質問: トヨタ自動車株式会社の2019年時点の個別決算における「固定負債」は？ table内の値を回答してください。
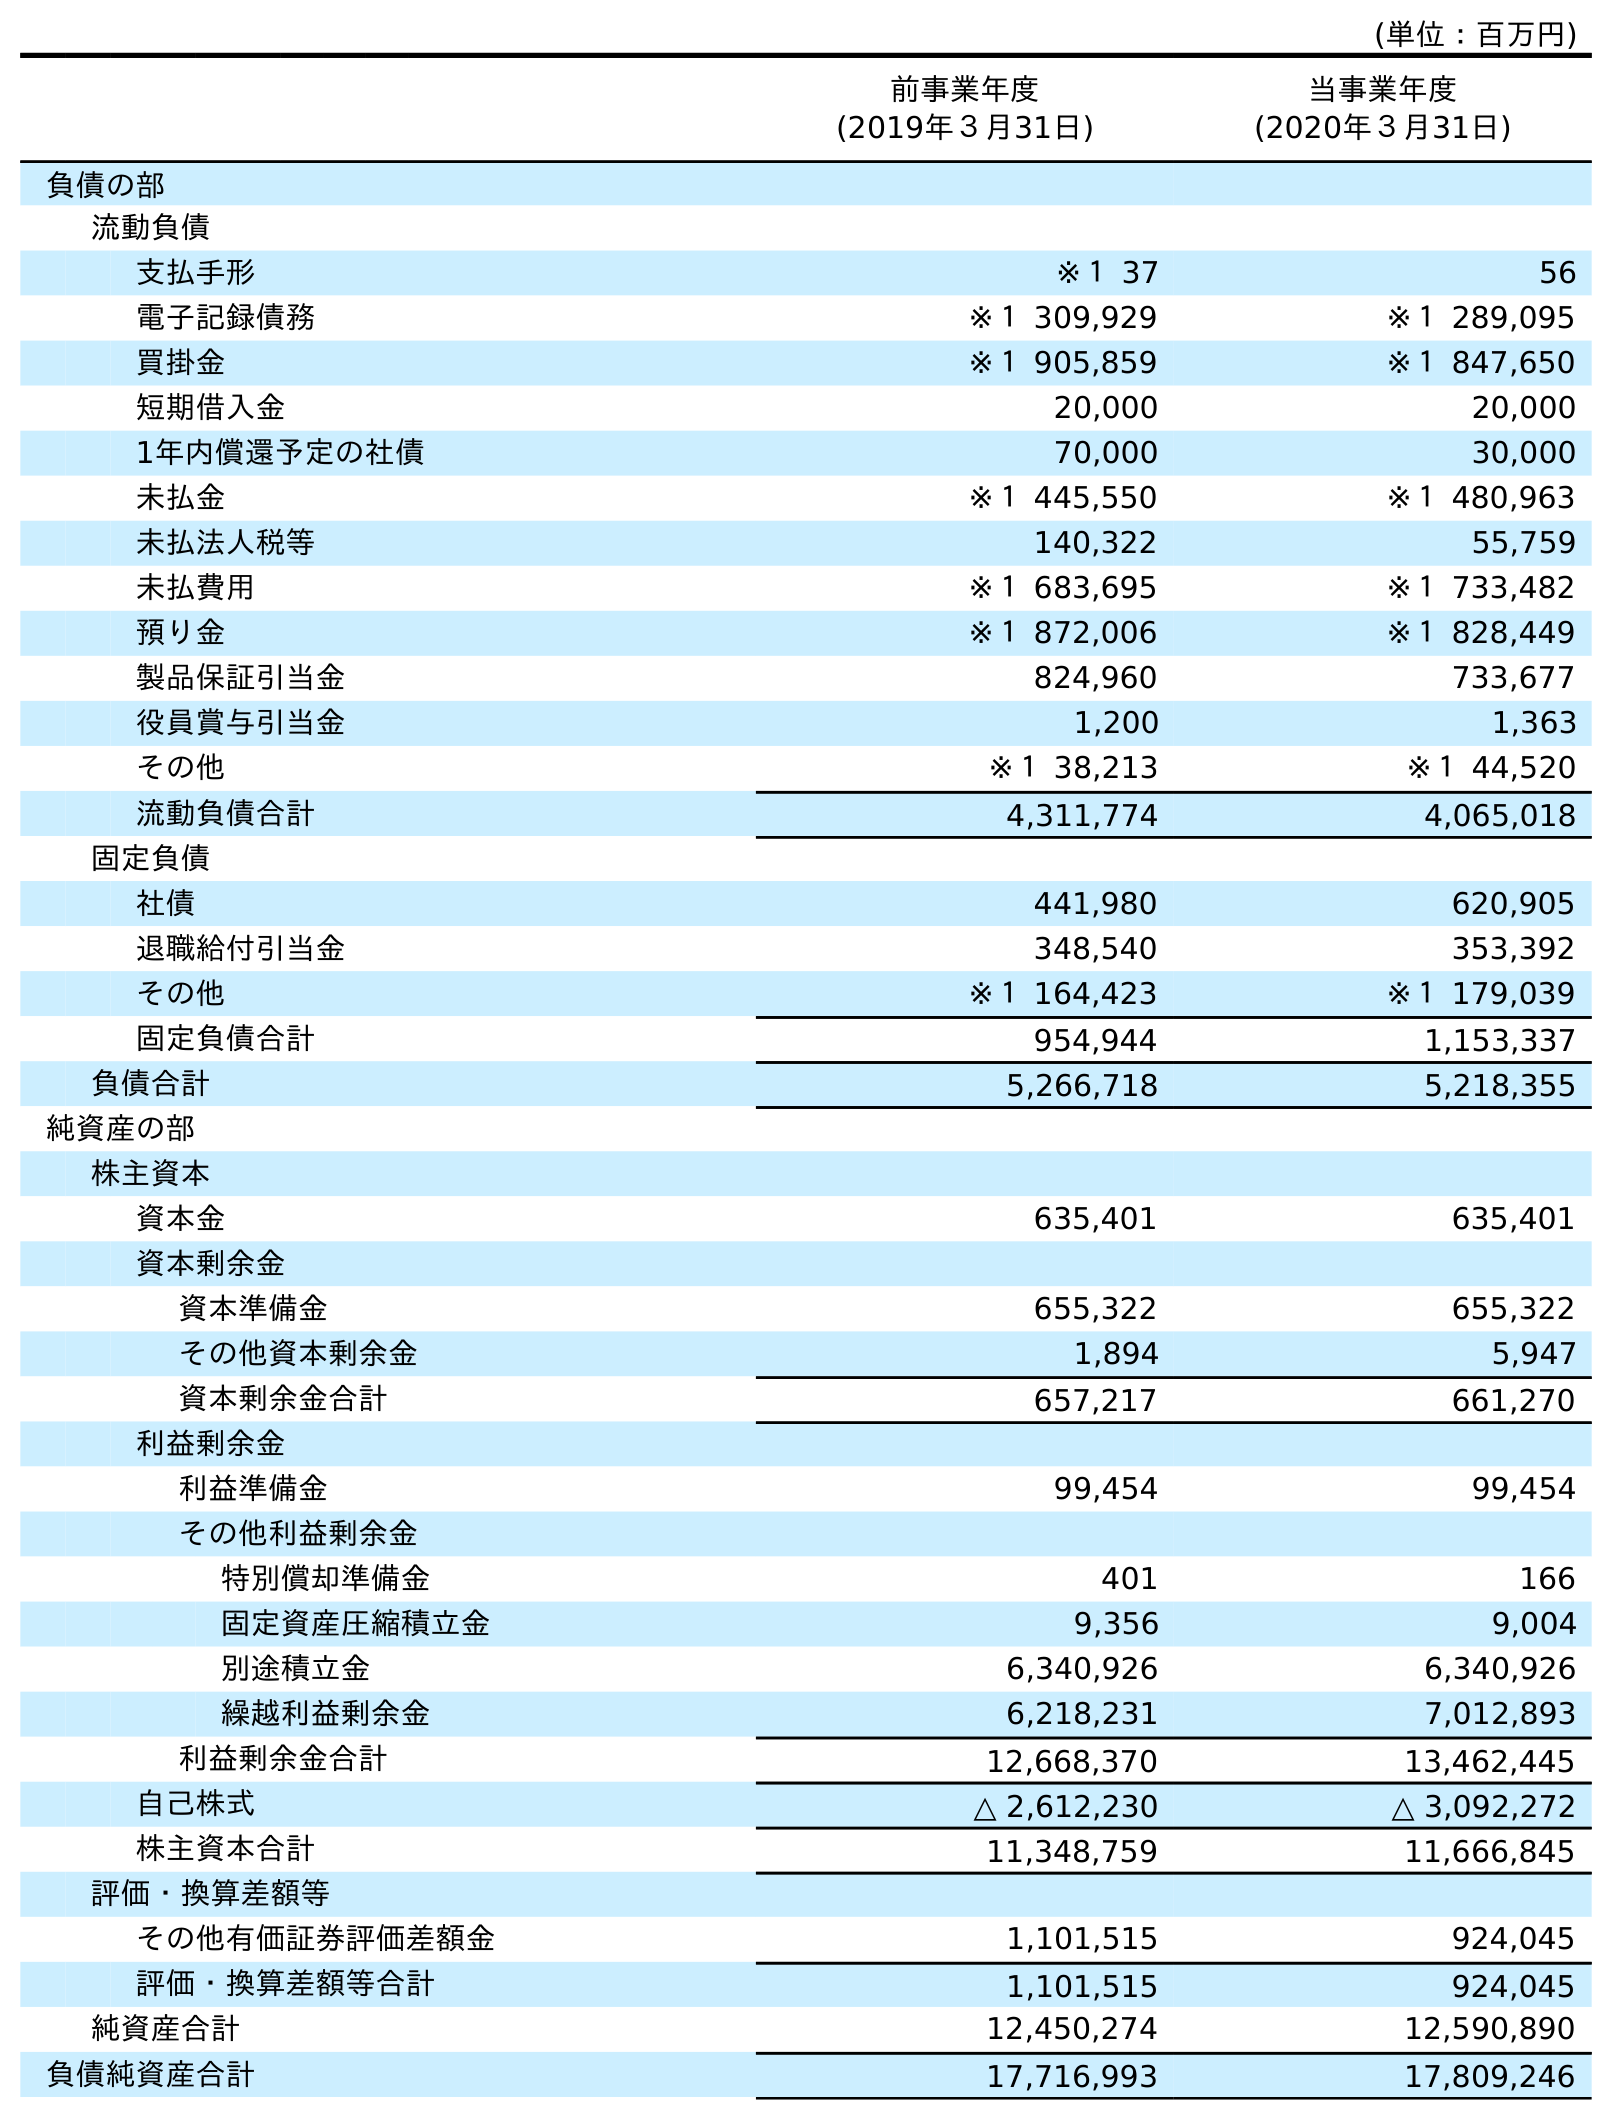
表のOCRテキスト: (単位：百万円) 前事業年度 (2019年３月31日) 当事業年度 (2020年３月31日) 負債の部 流動負債 支払手形 ※１ 37 56 電子記録債務 ※１ 309,929 ※１ 289,095 買掛金 ※１ 905,859 ※１ 847,650 短期借入金 20,000 20,000 1年内償還予定の社債 70,000 30,000 未払金 ※１ 445,550 ※１ 480,963 未払法人税等 140,322 55,759 未払費用 ※１ 683,695 ※１ 733,482 預り金 ※１ 872,006 ※１ 828,449 製品保証引当金 824,960 733,677 役員賞与引当金 1,200 1,363 その他 ※１ 38,213 ※１ 44,520 流動負債合計 4,311,774 4,065,018 固定負債 社債 441,980 620,905 退職給付引当金 348,540 353,392 その他 ※１ 164,423 ※１ 179,039 固定負債合計 954,944 1,153,337 負債合計 5,266,718 5,218,355 純資産の部 株主資本 資本金 635,401 635,401 資本剰余金 資本準備金 655,322 655,322 その他資本剰余金 1,894 5,947 資本剰余金合計 657,217 661,270 利益剰余金 利益準備金 99,454 99,454 その他利益剰余金 特別償却準備金 401 166 固定資産圧縮積立金 9,356 9,004 別途積立金 6,340,926 6,340,926 繰越利益剰余金 6,218,231 7,012,893 利益剰余金合計 12,668,370 13,462,445 自己株式 △ 2,612,230 △ 3,092,272 株主資本合計 11,348,759 11,666,845 評価・換算差額等 その他有価証券評価差額金 1,101,515 924,045 評価・換算差額等合計 1,101,515 924,045 純資産合計 12,450,274 12,590,890 負債純資産合計 17,716,993 17,809,246
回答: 954,944